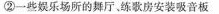
②一些娱乐场所的舞厅练歌房安装吸音板